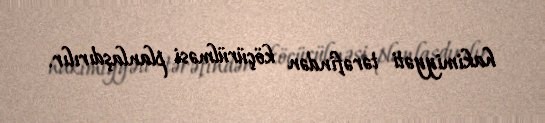
hakimiyyəti tərəfindən köçürülməsi planlaşdırılır.